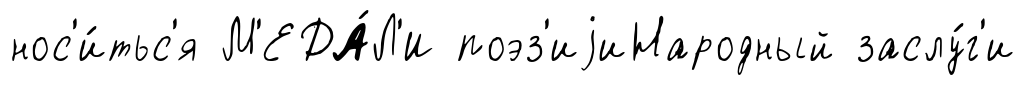
нос'и́тьс'я М'ЕДА́Л'И поэз'иjиНародный заслу́г'и